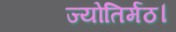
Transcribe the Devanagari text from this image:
ज्योतिर्मठ।